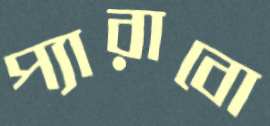
প্যারাবো